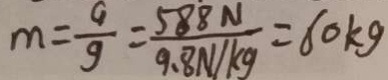
m = \frac { G } { g } = \frac { 5 8 8 N } { 9 . 8 N / k g } = 6 0 k g